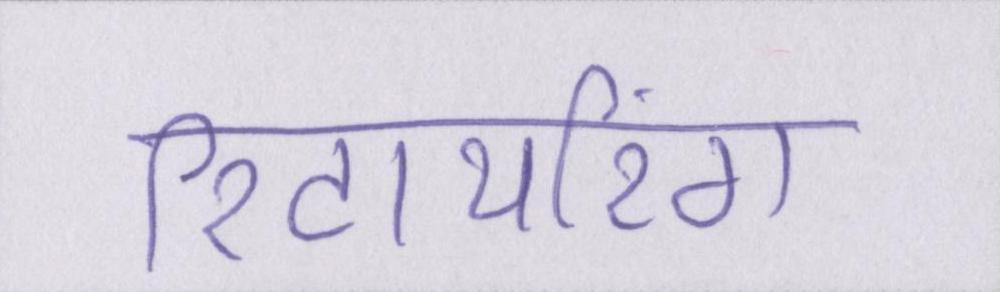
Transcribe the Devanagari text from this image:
रिटायरिंग